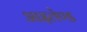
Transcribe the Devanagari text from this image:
आइलेण्ड